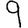
Digit: 9